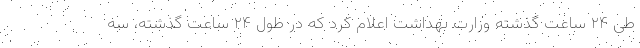
طی ۲۴ ساعت گذشته وزارت بهداشت اعلام کرد که در طول ۲۴ ساعت گذشته، سه